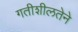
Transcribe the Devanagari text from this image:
गतीशीलतेने